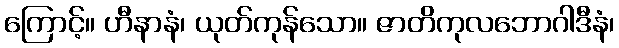
ကြောင့်။ ဟီနာနံ၊ ယုတ်ကုန်သော။ ဇာတိကုလဘောဂါဒီနံ၊